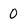
Character: 0